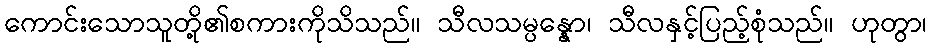
ကောင်းသောသူတို့၏စကားကိုသိသည်။ သီလသမ္ပန္နော၊ သီလနှင့်ပြည့်စုံသည်။ ဟုတွာ၊